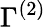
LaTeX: \Gamma^{(2)}